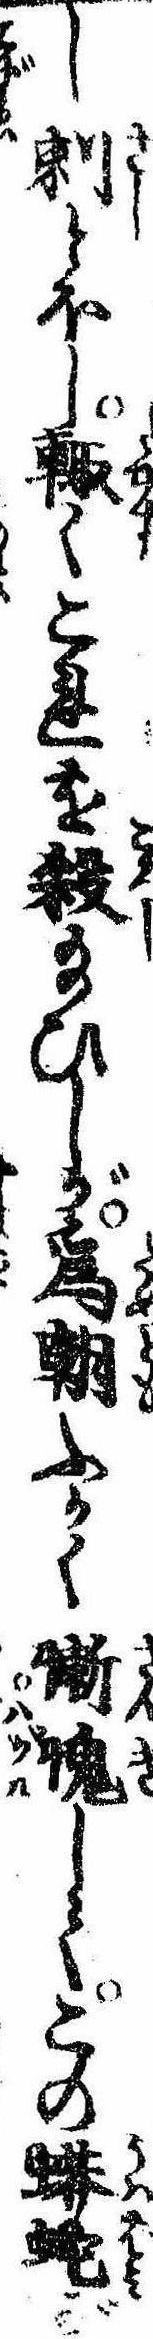
し刺とほし輙くこれを殺給ひしが為朝ふかく慙愧してこの蠎蛇が